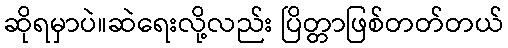
ဆိုရမှာပဲ။ဆဲရေးလို့လည်း ပြိတ္တာဖြစ်တတ်တယ်